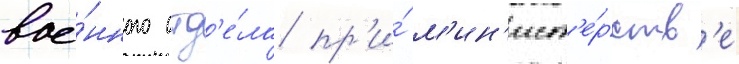
вое́нного отд'е́ла пр'и́ м'ин'ист'е́рств'е